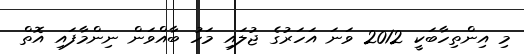
މި އިންތިހާބަކީ 2012 ވަނަ އަހަރުގެ ޖުލައި މަހު ބާއްވަން ނިންމާފައި އޮތް